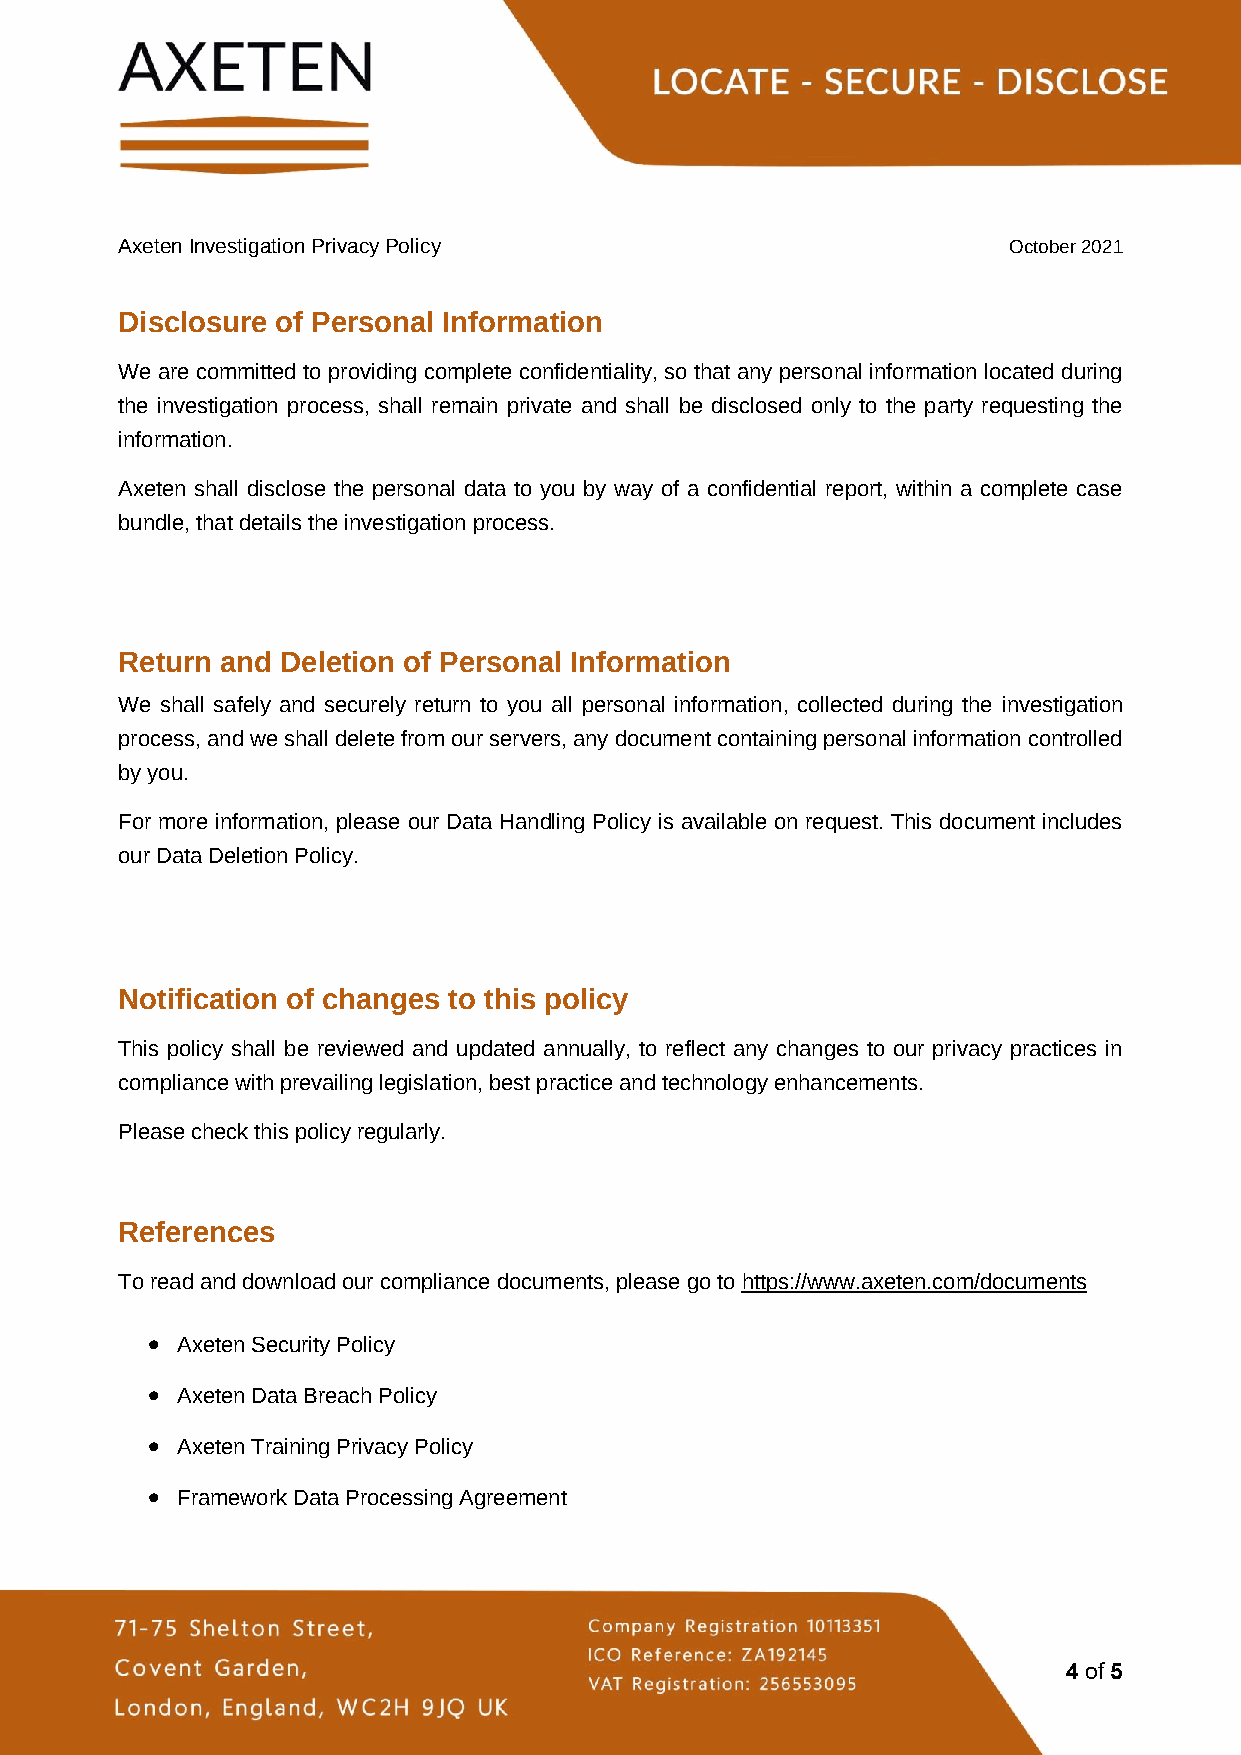
Axeten Investigation Privacy Policy                        October 2021
 Disclosure of Personal Information
 We are committed to providing complete confidentiality, so that any personal information located during
 the investigation process, shall remain private and shall be disclosed only to the party requesting the
 information.
 Axeten shall disclose the personal data to you by way of a confidential report, within a complete case
 bundle, that details the investigation process.
 Return and Deletion of Personal Information
 We shall safely and securely return to you all personal information, collected during the investigation
 process, and we shall delete from our servers, any document containing personal information controlled
 by you.
 For more information, please our Data Handling Policy is available on request. This document includes
 our Data Deletion Policy.
 Notification of changes to this policy
 This policy shall be reviewed and updated annually, to reflect any changes to our privacy practices in
 compliance with prevailing legislation, best practice and technology enhancements.
 Please check this policy regularly.
 References
 To read and download our compliance documents, please go to https://www.axeten.com/documents
 • Axeten Security Policy
 • Axeten Data Breach Policy
 • Axeten Training Privacy Policy
 • Framework Data Processing Agreement
 4 of 5